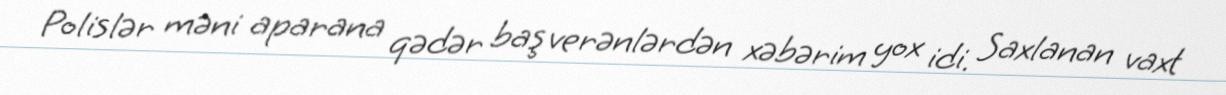
Polislər məni aparana qədər baş verənlərdən xəbərim yox idi. Saxlanan vaxt